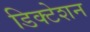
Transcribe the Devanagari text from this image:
डिक्‍टेशन